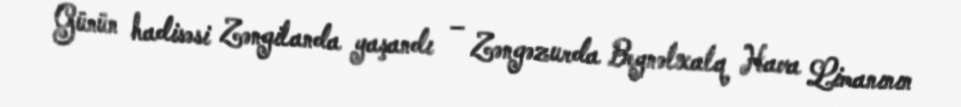
Günün hadisəsi Zəngilanda yaşandı – Zəngəzurda Beynəlxalq Hava Limanının